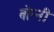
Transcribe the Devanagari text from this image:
बोन्‍नी